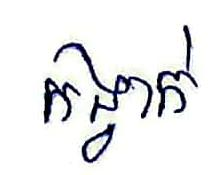
កង្វាក់